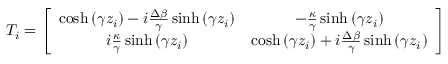
T _ { i } = \left[ \begin{array} { c c } { \cosh \left( \gamma z _ { i } \right) - i \frac { \Delta \beta } { \gamma } \sinh \left( \gamma z _ { i } \right) } & { - \frac { \kappa } { \gamma } \sinh \left( \gamma z _ { i } \right) } \\ { i \frac { \kappa } { \gamma } \sinh \left( \gamma z _ { i } \right) } & { \cosh \left( \gamma z _ { i } \right) + i \frac { \Delta \beta } { \gamma } \sinh \left( \gamma z _ { i } \right) } \end{array} \right]